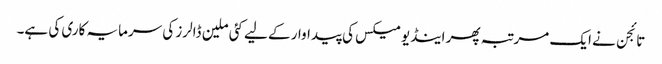
تائجن نے ایک مرتبہ پھر اینڈیومیکس کی پیداوار کے لیے کئی ملین ڈالرز کی سرمایہ کاری کی ہے۔